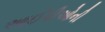
આઈપીઓની